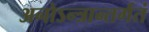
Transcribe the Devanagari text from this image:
अनोऽन्त्रान्तर्गतं